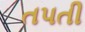
તપતી